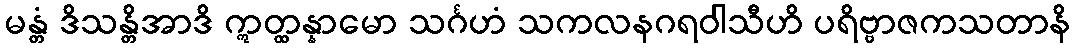
မန္တံ ဒိသန္တိအာဒိ ဣတ္ထန္နာမော သင်္ဂဟံ သကလနဂရဝါသီဟိ ပရိဗ္ဗာဇကသတာနိ